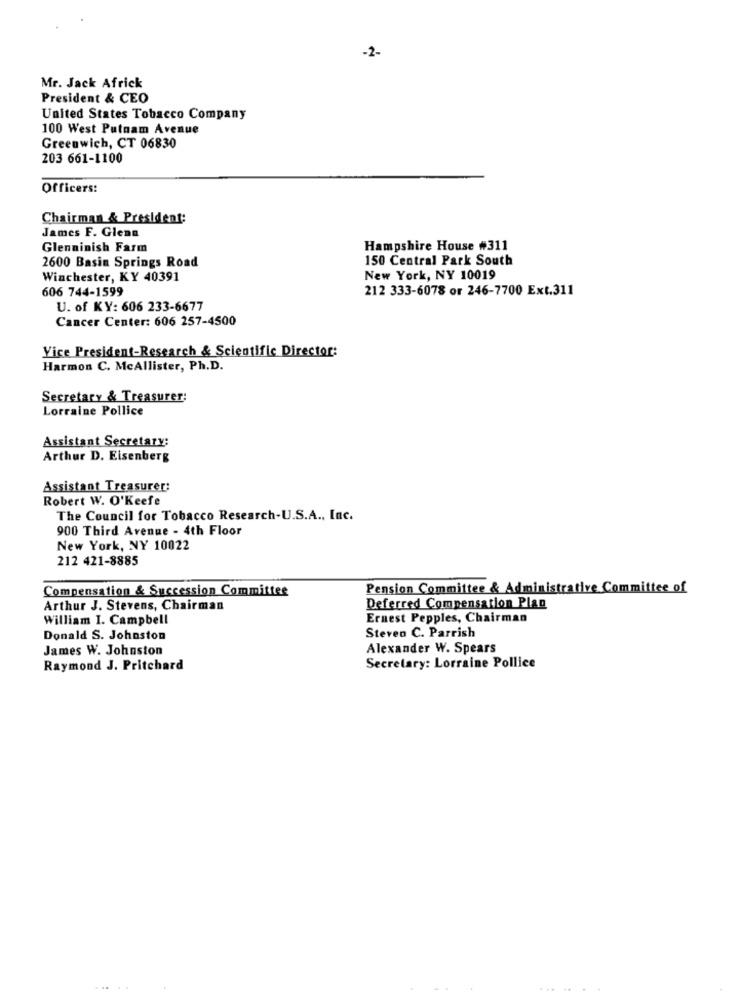
-2-
Mr. Jack Africk
President & CEO
United States Tobacco Company
100 West Putnam Avenue
Greenwich, CT 06830
203 661-1100
Officers:
Chairman & President:
James F. Glenn
Glenninish Farm
Hampshire House #311
2600 Basin Springs Road
150 Central Park South
Winchester, KY 40391
New York, NY 10019
606 744-1599
212 333-6078 or 246-7700 Ext.311
U. of KY: 606 233-6677
Cancer Center: 606 257-4500
Vice President-Research & Scientific Director:
Harmon C. McAllister, Ph.D.
Secretary & Treasurer:
Lorraine Pollice
Assistant Secretary:
Arthur D. Eisenberg
Assistant Treasurer:
Robert W. O'Keefe
The Council for Tobacco Research-U.S.A ., Inc.
900 Third Avenue - 4th Floor
New York, NY 10022
212 421-8885
Compensation & Succession Committee
Pension Committee & Administrative Committee of
Arthur J. Stevens, Chairman
Deferred Compensation Plan
William I. Campbell
Ernest Pepples, Chairman
Donald S. Johnston
Steven C. Parrish
James W. Johnston
Alexander W. Spears
Raymond J. Pritchard
Secretary: Lorraine Pollice
...